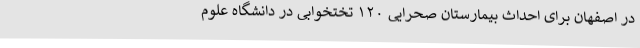
در اصفهان برای احداث بیمارستان صحرایی ۱۲۰ تختخوابی در دانشگاه علوم